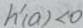
h ^ { \prime } ( a ) < 0